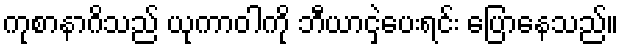
ကုစာနာဂိသည် ယုကာဝါကို ဘီယာငှဲ့ပေးရင်း ပြောနေသည်။